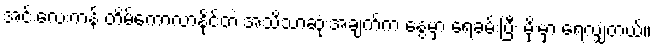
အင်းလေးကန် တိမ်ကောလာနိုင်တဲ့ အသိသာဆုံးအချက်က နွေမှာ ရေခမ်းပြီး မိုးမှာ ရေလျှံတယ်။